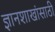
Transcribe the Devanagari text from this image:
ज्ञानशाखांसाठी